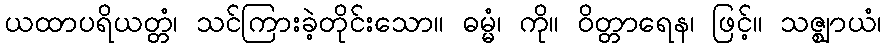
ယထာပရိယတ္တံ၊ သင်ကြားခဲ့တိုင်းသော။ ဓမ္မံ၊ ကို။ ဝိတ္တာရေန၊ ဖြင့်။ သဇ္ဈာယံ၊